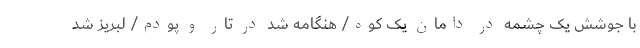
با جوشش یک چشمه در دامان یک کوه/ هنگامه شد در تار و پودم/ لبریز شد